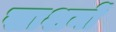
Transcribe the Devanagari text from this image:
साशनों